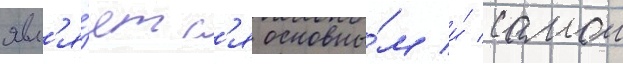
явл'я́етс'я основны́м и́ самои